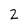
Character: 2